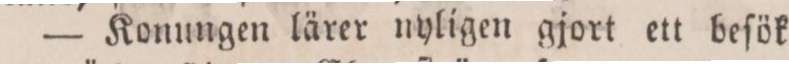
— Konungen lärer nyligen gjort ett beſök